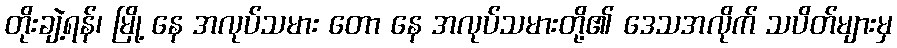
တိုးချဲ့ရန်၊ မြို့ နေ အလုပ်သမား တော နေ အလုပ်သမားတို့၏ ဒေသအလိုက် သပိတ်များမှ